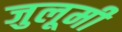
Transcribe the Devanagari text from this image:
जुलूमी